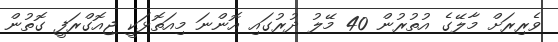
ވެރިރަށް މާލޭގެ އުތުރުން 40 މޭލު ދުރުގައި އޮންނަ މިއަތޮޅަކީ ޖިއޮގްރަފީ ގޮތުން